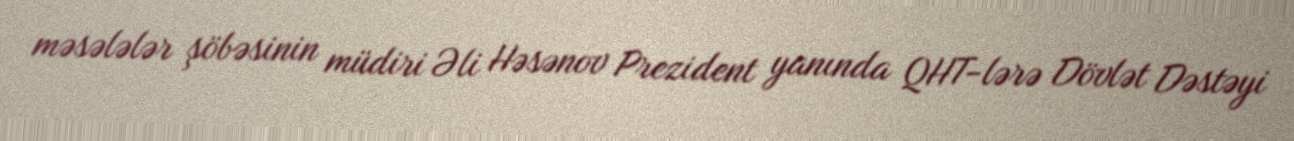
məsələlər şöbəsinin müdiri Əli Həsənov Prezident yanında QHT-lərə Dövlət Dəstəyi